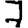
Digit: 7